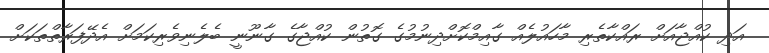
އަދި ކުއްޖާއަށް ރައްކާތެރި މާހައުލެއް ގާއިމްކޮށްދިނުމުގެ ގޮތުން ކުއްޖާގެ ގާނޫނީ ބެލެނިވެރިކަމަށް އެދޭފަރާތްތަކަށް